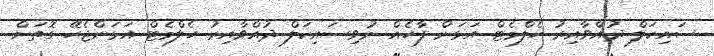
ސައިކަލް ދުއްވާއިރު ހެލްމެޓް އަޅަން ފާހެއް ނުވިސައިކަލް ދުއްވާއިރު ހެލްމެޓް އަޅަންޖެހޭ ގޮތަށް